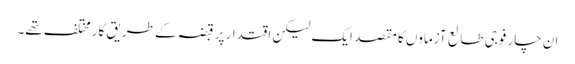
ان چار فوجی طالع آزماوں کا مقصد ایک لیکن اقتدار پر قبضہ کے طریق کار مختلف تھے۔